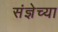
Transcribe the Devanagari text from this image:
संज्ञेच्या